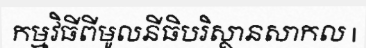
កម្មវិធីពីមូលនីធិបរិស្ថានសាកល |